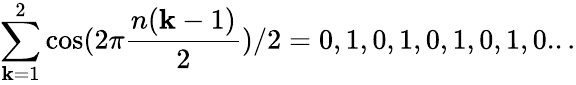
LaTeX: \sum_{\mathbf{k}=1}^{2}\cos(2\pi{\frac{{n(\mathbf{k}-1)}}{{2}}})/2=0,1,0,1,0,1,0,1,0...